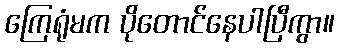
ကြေရုံမက ပိုတောင်နေပါပြီကွာ။